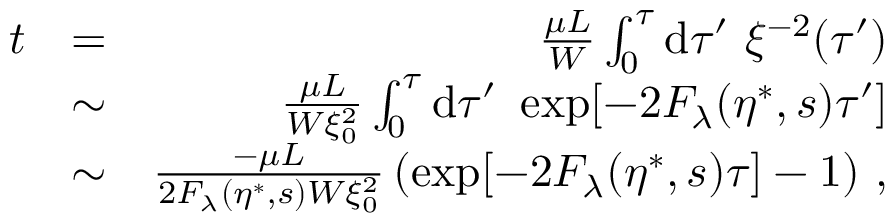
\begin{array} { r l r } { t } & { = } & { \frac { \mu L } { W } \int _ { 0 } ^ { \tau } \mathrm { d } \tau ^ { \prime } \ \xi ^ { - 2 } ( \tau ^ { \prime } ) } \\ & { \sim } & { \frac { \mu L } { W \xi _ { 0 } ^ { 2 } } \int _ { 0 } ^ { \tau } \mathrm { d } \tau ^ { \prime } \ \exp [ - 2 F _ { \lambda } ( \eta ^ { \ast } , s ) \tau ^ { \prime } ] } \\ & { \sim } & { \frac { - \mu L } { 2 F _ { \lambda } ( \eta ^ { \ast } , s ) W \xi _ { 0 } ^ { 2 } } \left( \exp [ - 2 F _ { \lambda } ( \eta ^ { \ast } , s ) \tau ] - 1 \right) \, , } \end{array}